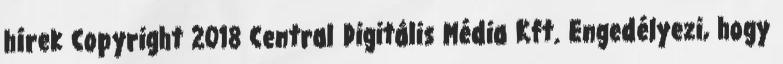
hírek Copyright 2018 Central Digitális Média Kft. Engedélyezi, hogy